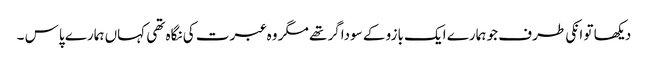
دیکھا تو انکی طرف جو ہمارے ایک بازو کے سوداگر تھے مگر وہ عبرت کی نگاہ تھی کہاں ہمارے پاس ۔